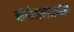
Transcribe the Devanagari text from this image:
आंदोलनांमध्येही